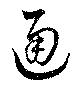
通